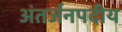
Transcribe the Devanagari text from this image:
अंतर्जनपदीय